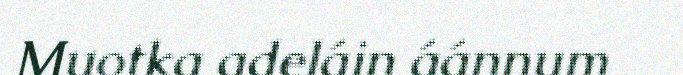
Muotka adeláin áánnum